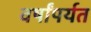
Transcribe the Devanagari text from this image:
वर्षांपर्यत